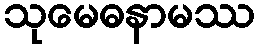
သုမေဓနာမဿ